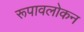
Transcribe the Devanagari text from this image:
रूपावलोकन